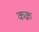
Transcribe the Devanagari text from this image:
कक्र